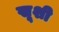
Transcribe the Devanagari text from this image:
खूशी